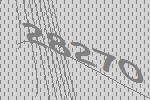
28270